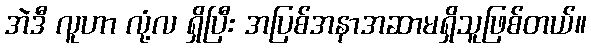
အဲဒီ လူဟာ လုံ့လ ရှိပြီး အပြစ်အနာအဆာမရှိသူဖြစ်တယ်။